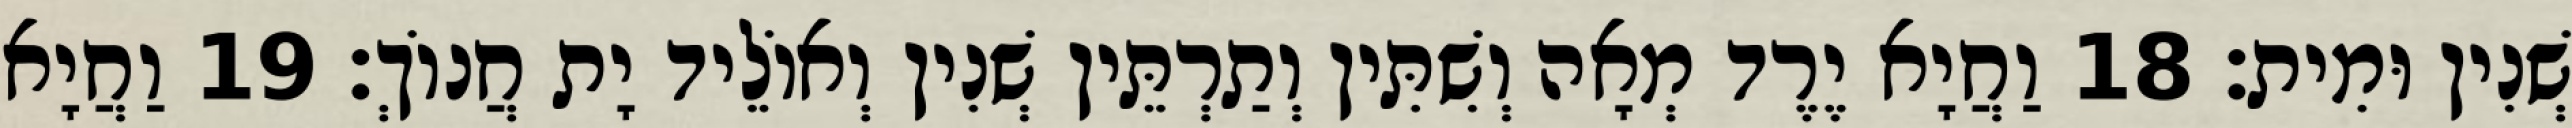
שְׁנִין וּמִית׃ 18 וַחֲיָא יֶרֶד מְאָה וְשִׁתִּין וְתַרְתֵּין שְׁנִין וְאוֹלֵיד יָת חֲנוֹךְ׃ 19 וַחֲיָא